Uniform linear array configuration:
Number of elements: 12
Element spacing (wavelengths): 0.5
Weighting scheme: cosine
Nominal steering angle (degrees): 45
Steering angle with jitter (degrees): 46.779
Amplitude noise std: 0.05
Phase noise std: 0.05

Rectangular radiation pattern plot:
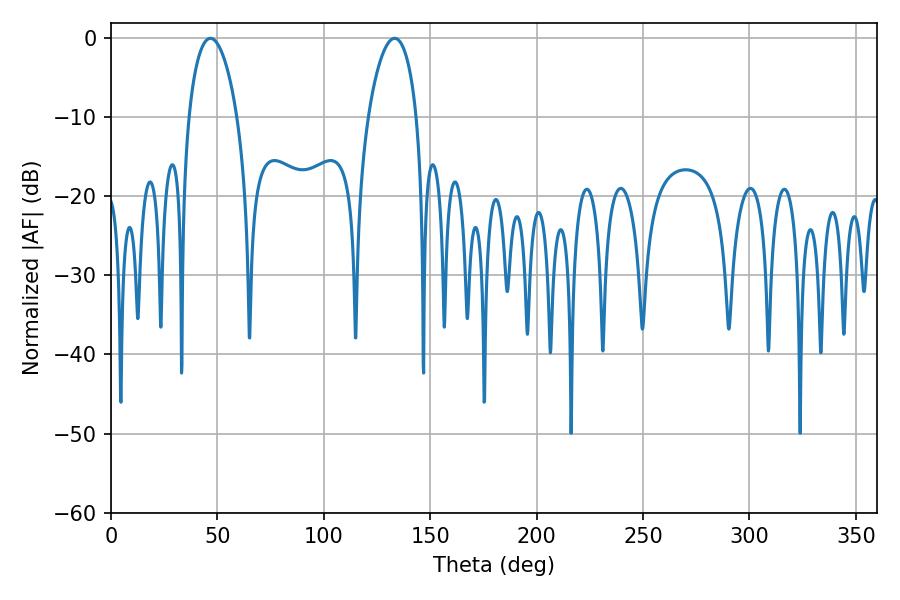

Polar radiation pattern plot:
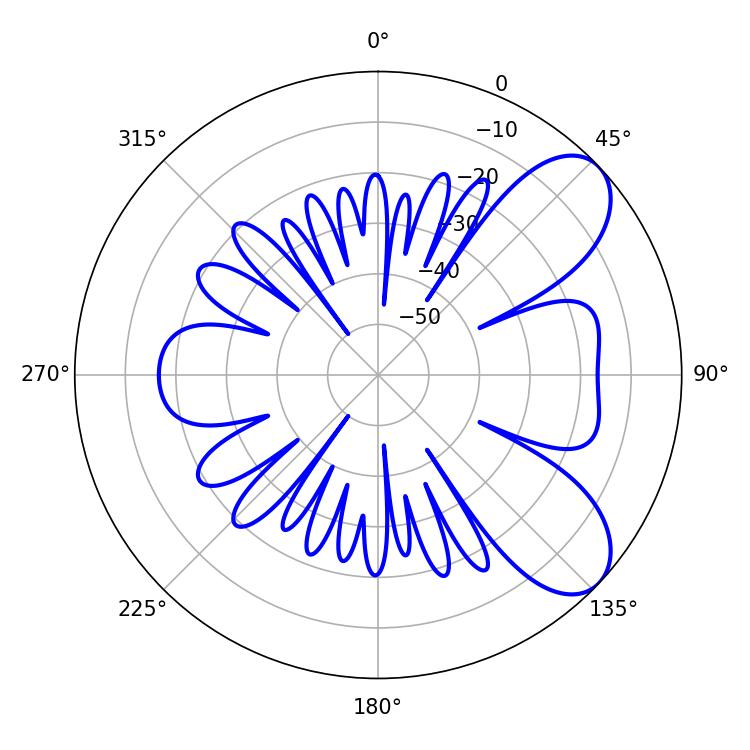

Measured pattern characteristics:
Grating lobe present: FALSE
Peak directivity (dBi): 7.553
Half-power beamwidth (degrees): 12.96
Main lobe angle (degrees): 46.8